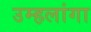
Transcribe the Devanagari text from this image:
उम्हलांगा